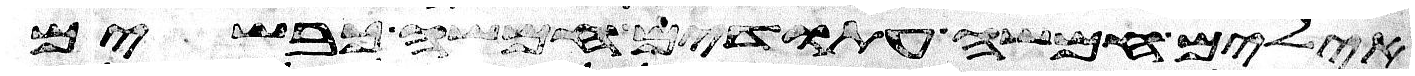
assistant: אילים חמשה עתודים חמשה כבשים